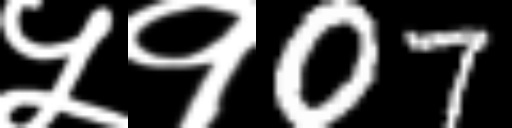
Text: ५१07